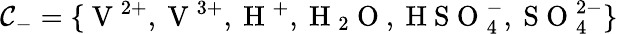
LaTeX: \mathcal{C}_{-}=\{ \mathrm{~V~}^{2+},\mathrm{~V~}^{3+},\mathrm{~H~}^{+},\mathrm{~H~}_{2}\mathrm{~O~},\mathrm{~H~S~O~}_{4}^{-},\mathrm{~S~O~}_{4}^{2-}\}